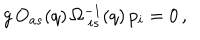
LaTeX: g \, O _ { a s } ( q ) \, \Omega _ { \ i s } ^ { - 1 } ( q ) \, p _ { i } = 0 \, ,